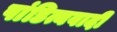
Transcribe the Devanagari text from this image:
पांडित्यवादी